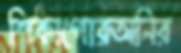
শিকাগোরঅনির